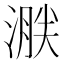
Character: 𣹸